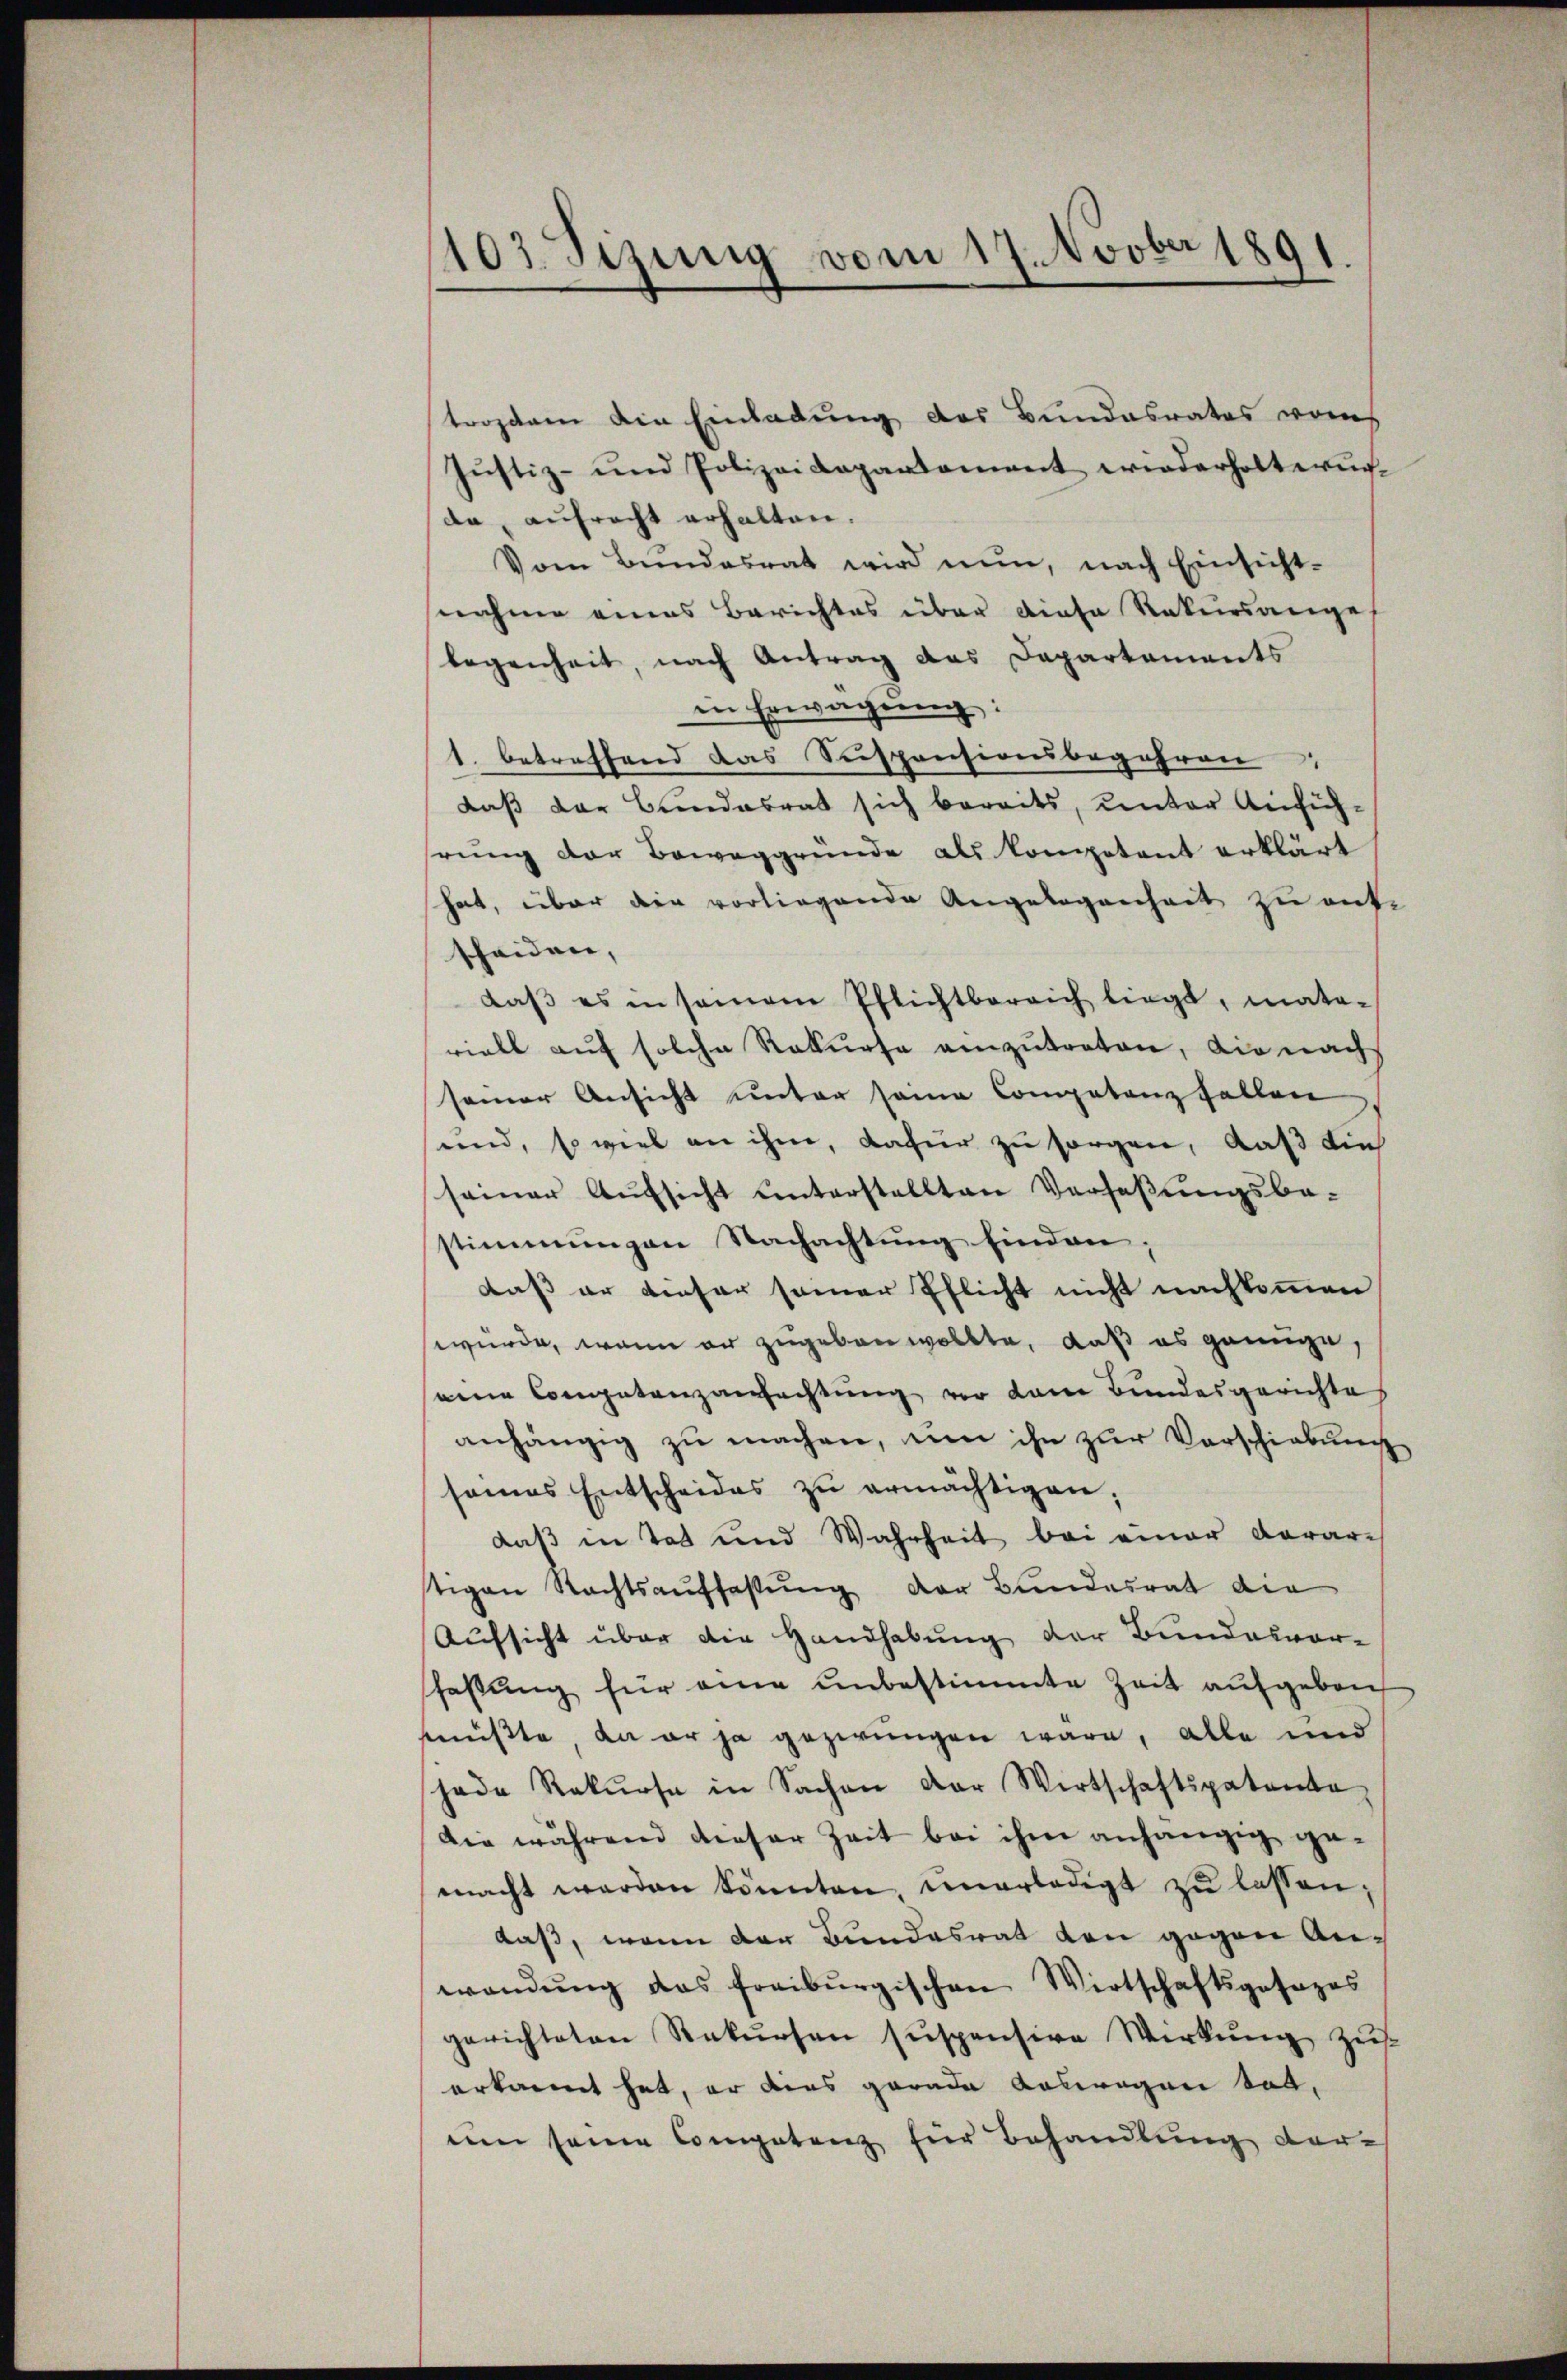
1103. Sizung vom 17. Novber 1891.

strozdem die Einladung des Bundesrates vom
Justiz- und Polizeidepartement wiederholterunda, aufrecht erhalten.
Vom Bŭndesrat wird nun, nach Einsicht-
nahme eines Berichtes über diese Rekursanges
legenheit, nach Antrag das Departements
in Erwägŭng:
1. betreffend das Suspensionsbegehren
daß der Bundesrat sich bereits, unter Anfüh-
hrung der Beweggründe als kompetent erklärt
hat, über den vorliegende Angelegenheit zu entscheiden,
daβ es in seinem Pflichtbereich liegt, mate-
riell auf solche Rekurse einzŭtreten, die nach
seiner Ansicht unter seine Competenz fallen
und, so viel an ihm, dafür zu sorgen, daß die
seiner Aŭfsicht unterstellten Verfaßungsbe-
stimmungen Nachachtung finden;
daß er dieser seiner Pflicht nicht nachkommen
wurde, wenn er zugeben wollte, daß es genüge,
eine Competenzaufachtung vor dem Bundesgerichte
anhängig zŭ machen, um ihn zur Vorschiebung
sames Entscheides zŭ ermächtigen;
daß in Tat und Wahrheit bei einer darar-
stigen Rechtsauffassŭng der Bundesrat die
Aufsicht über die Handhabung der Bundesvor-
faßung für eine unbestimmte Zeit aufgebon-
müßte, da er ja gezwungen wäre, alle und
schade Rekŭrse in Sachen der Wirtschaftspatenta
Die während dieser Zeit bei ihm anhängig gemacht werden könnten, unerledigt zŭ lassen;
daß, wenn der Bundesrat den gegen Anwendŭng das freiburgischen Wirtschaftsgesezes
gerichteten Rekŭrsen suspensive Wirkung zus
erkannt hat, er dies gerade Auswegen tod.
um seine Competenz für Behandlung dar-